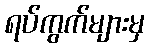
ရပ်ကွက်များမှ